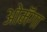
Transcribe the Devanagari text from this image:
ओमॅगा